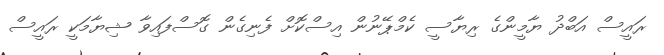
ރައީސް އަބްދު ޔާމީންގެ ރިޔާސީ ކެމްޕޭނުން އިސްކޮށް ފެނިގެން ގޮސްފައިވާ ޝިޔާމަކީ ރައީސް